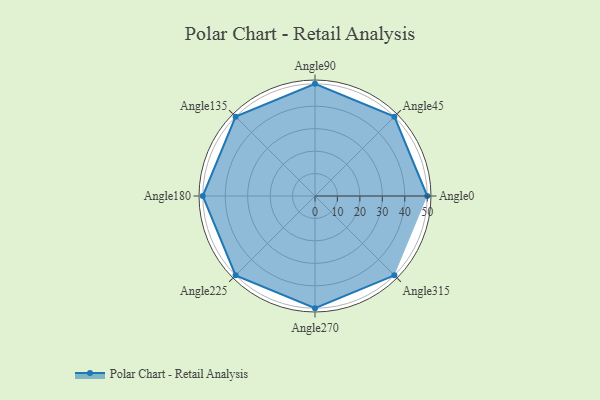
{"axis": {"x": "Angle", "y": "Radius"}, "legend": [""], "data": [{"x": "Angle0", "y": 50, "type": ""}, {"x": "Angle45", "y": 50, "type": ""}, {"x": "Angle90", "y": 50, "type": ""}, {"x": "Angle135", "y": 50, "type": ""}, {"x": "Angle180", "y": 50, "type": ""}, {"x": "Angle225", "y": 50, "type": ""}, {"x": "Angle270", "y": 50, "type": ""}, {"x": "Angle315", "y": 50.0, "type": ""}]}